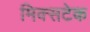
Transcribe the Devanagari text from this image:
मिक्सटेक